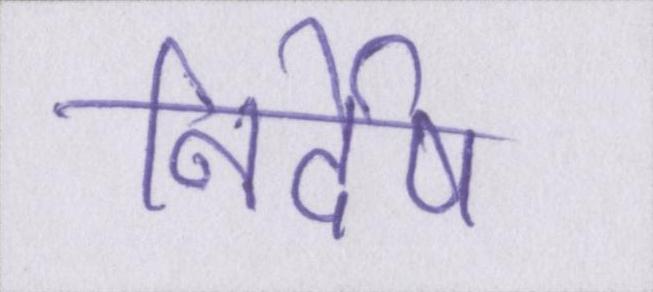
निर्देष